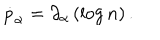
LaTeX: \dot { p } _ { \alpha } = \partial _ { \alpha } \left( \log n \right) .